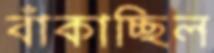
বাঁকাচ্ছিল